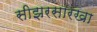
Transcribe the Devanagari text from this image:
सीझरसारखा